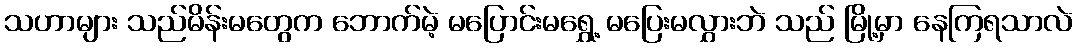
သဟာများ သည်မိန်းမတွေက ဘောက်မဲ့ မပြောင်းမရွှေ့ မပြေးမလွှားဘဲ သည် မြို့မှာ နေကြရသာလဲ